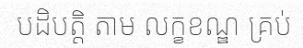
បដិបត្តិ តាម លក្ខខណ្ឌ គ្រប់